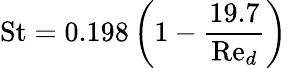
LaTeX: {\mathrm{St}}=0.198\left(1-{\frac{19.7}{{\mathrm{Re}}_{d}}}\right)